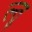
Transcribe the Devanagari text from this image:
त्न्तु